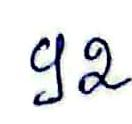
92